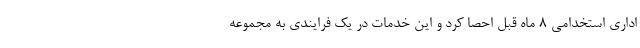
اداری استخدامی 8 ماه قبل احصا کرد و این خدمات در یک فرایندی به مجموعه